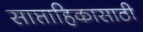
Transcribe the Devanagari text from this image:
साप्ताहिकासाठी